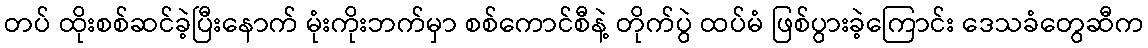
တပ် ထိုးစစ်ဆင်ခဲ့ပြီးနောက် မုံးကိုးဘက်မှာ စစ်ကောင်စီနဲ့ တိုက်ပွဲ ထပ်မံ ဖြစ်ပွားခဲ့ကြောင်း ဒေသခံတွေဆီက